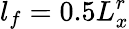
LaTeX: l_{f}=0.5L_{x}^{r}